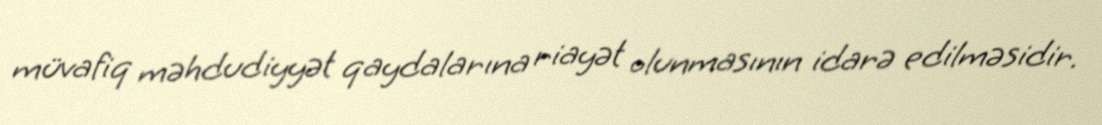
müvafiq məhdudiyyət qaydalarına riayət olunmasının idarə edilməsidir.